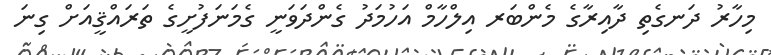
މިހާރު ދަނގެތި ދާއިރާގެ މެންބަރ އިލްހާމް އަހުމަދު ގެންދަވަނީ ގެމަނަފުށީގެ ތަރައްޤީއަށް ގިނަ